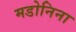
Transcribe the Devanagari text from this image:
मडोनिना